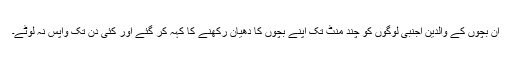
ان بچوں کے والدین اجنبی لوگوں کو چند منٹ تک اپنے بچوں کا دھیان رکھنے کا کہہ کر گئے اور کئی دن تک واپس نہ لوٹے۔